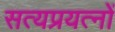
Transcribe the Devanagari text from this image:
सत्यप्रयत्नों